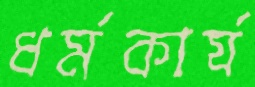
ধর্মকার্য